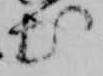
出